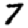
Digit: 7